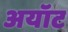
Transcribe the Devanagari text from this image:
अयॉट